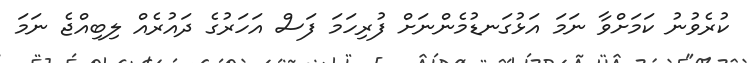
ކުރެވުނު ކަމަށްވާ ނަމަ އަޅުގަނޑުމެންނަށް ފުރިހަމަ ފަސް އަހަރުގެ ދައުރެއް ލިބިއްޖެ ނަމަ